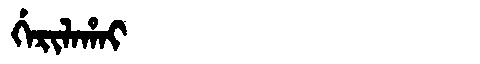
Manchu: ᡤᡝᡵᡳᠯᠠᡥᠠᡳ
Romanization: GERILAHAI